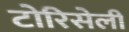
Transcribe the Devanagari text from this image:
टोरिसेली